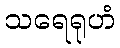
သရေရုဟံ